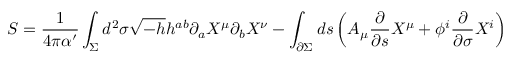
S = \frac { 1 } { 4 \pi \alpha ^ { \prime } } \int _ { \Sigma } d ^ { 2 } \sigma \sqrt { - h } h ^ { a b } \partial _ { a } X ^ { \mu } \partial _ { b } X ^ { \nu } - \int _ { \partial \Sigma } d s \left( A _ { \mu } \frac { \partial } { \partial s } X ^ { \mu } + \phi ^ { i } \frac { \partial } { \partial \sigma } X ^ { i } \right)